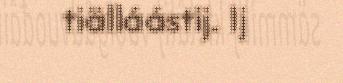
tiälláástij. Ij